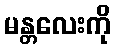
မန္တလေးကို